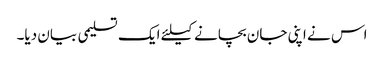
اس نے اپنی جان بچانے کیلئے ایک تسلیمی بیان دیا۔